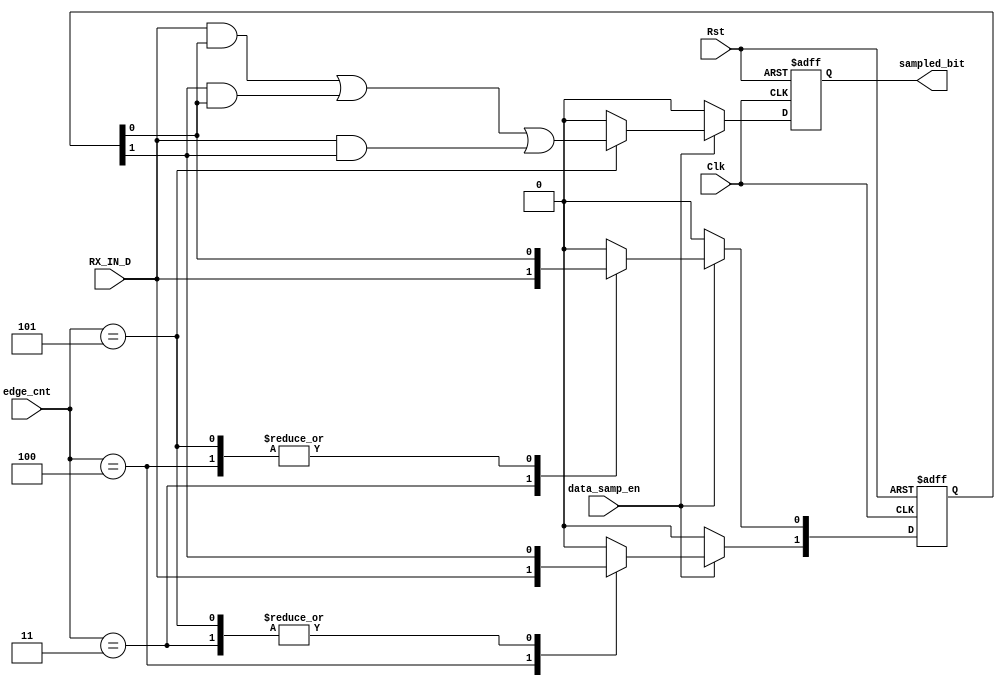
module data_sampling (
input  wire Clk,
input  wire Rst,
input  wire RX_IN_D,
input  wire data_samp_en,
input  wire [2:0] edge_cnt,
output reg  sampled_bit
);

reg [1:0] sampled;

always @ (posedge Clk or negedge Rst)
    begin
        if (!Rst)
            begin
                sampled <= 2'b0;
                sampled_bit <= 1'b0;
            end
        else if (data_samp_en) 
            begin
                case (edge_cnt) 
                    3'd3    :   begin
                                    sampled[0]  <= RX_IN_D;
                                    sampled[1]  <= sampled[1];
                                    sampled_bit <= 1'b0;
                                end
                    3'd4    :   begin
                                    sampled[0]  <= sampled[0];
                                    sampled[1]  <= RX_IN_D;
                                    sampled_bit <= 1'b0;
                                end
                    3'd5    :   begin
                                    sampled[0]  <= sampled[0];
                                    sampled[1]  <= sampled[1];
                                    sampled_bit <= (RX_IN_D & sampled[0]) | (sampled[1] & sampled[0]) | (RX_IN_D & sampled[1]);
                                end
                    default : begin
                                    sampled[0]  <= 1'b0;
                                    sampled[1]  <= 1'b0;
                                    sampled_bit <= 1'b0;
                                end 
                endcase
            end
            else
                begin
                    sampled <= 2'b0;
                    sampled_bit <= 1'b0;                    
                end
    end

endmodule